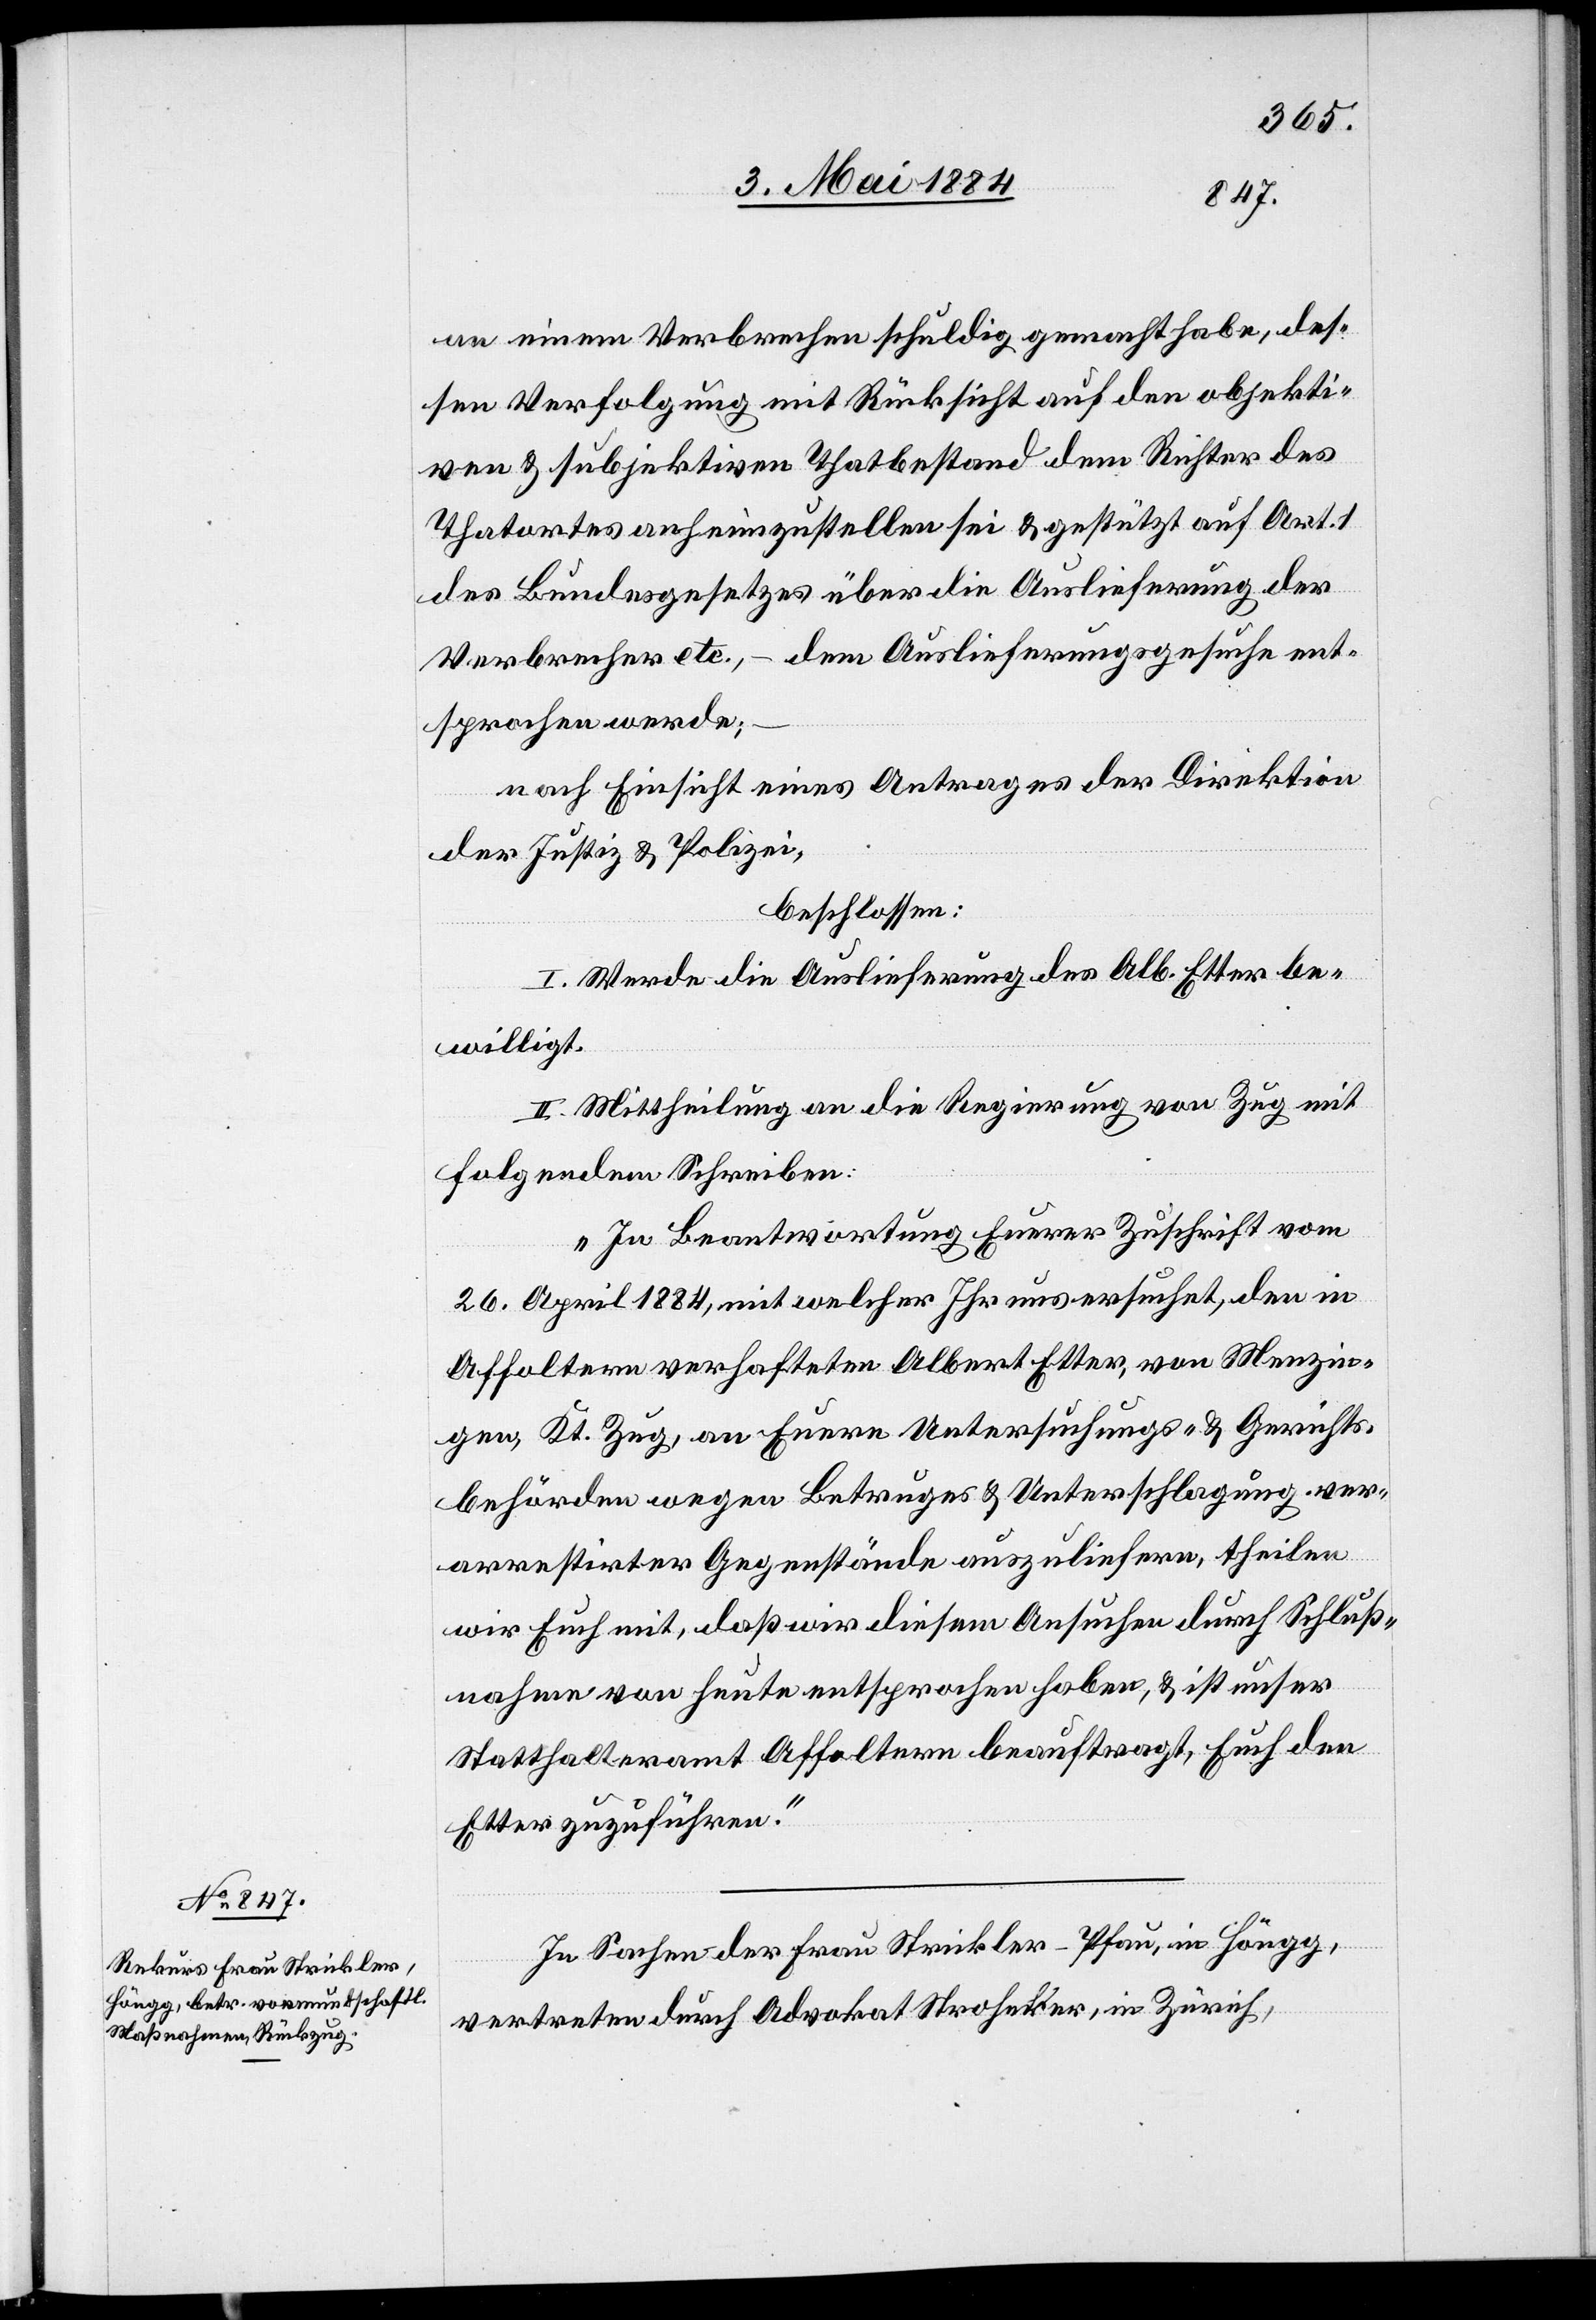
an einem Verbrechen schuldig gemacht habe, des¬
sen Verfolgung mit Rücksicht auf den objekti¬
ven & subjektiven Thatbestand dem Richter des
Thatortes anheimzustellen sei & gestützt auf Art. 1
des Bundesgesetztes über die Auslieferung der
Verbrecher etc. – dem Auslieferungsgesuche ent¬
sprochen werde;
nach Einsicht eines Antrages der Direktion
der Justiz & Polizei,
beschlossen:
I. Werde die Auslieferung des Alb. Etter be¬
willigt.
II. Mittheilung an die Regierung von Zug mit
folgendem Schreiben:
„In Beantwortung Eurer Zuschrift vom
26. April 1884, mit welcher Ihr uns ersuchet, den in
Affoltern verhafteten Albert Etter, von Menzin¬
gen, Kt. Zug, an Euere Untersuchungs- & Gerichts¬
behörden wegen Betruges & Unterschlagung ver¬
arrestirter Gegenstände auszuliefern, theilen
wir Euch mit, daß wir diesem Ansuchen durch Schluß¬
nahme von heute entsprochen haben, & ist unser
Statthalteramt Affoltern beauftragt, Euch den
Etter zuzuführen.“
In Sachen der Frau Strickler-Pfau, in Höngg,
vertreten durch Advokat Stroheker, in Zürich,